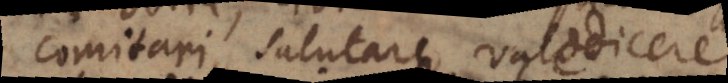
comitari, salutare, valedicere.